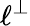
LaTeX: \ell^{\perp}